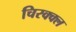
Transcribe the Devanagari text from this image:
चिरक्क्ल